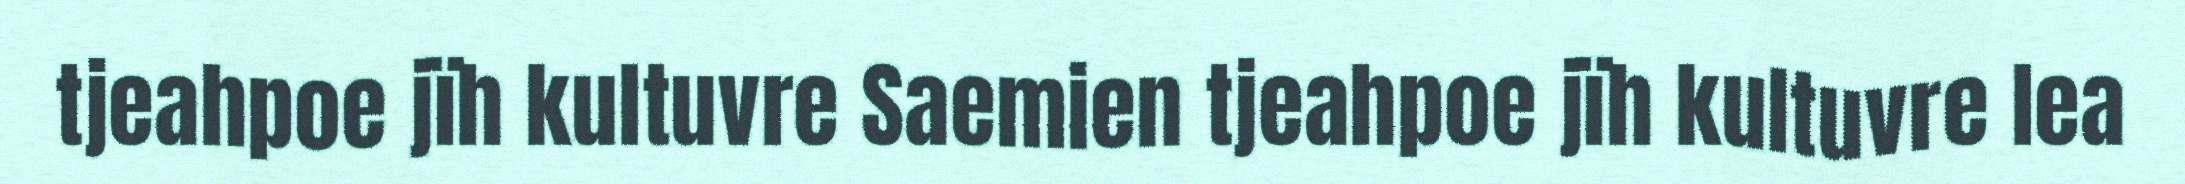
tjeahpoe jïh kultuvre Saemien tjeahpoe jïh kultuvre lea